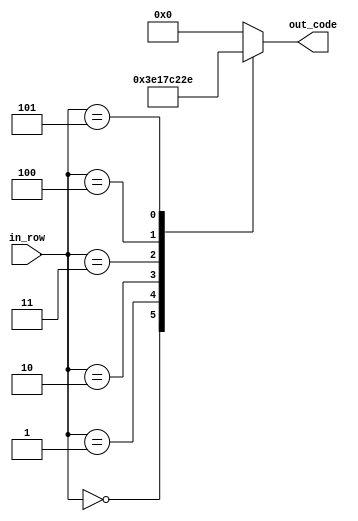
module num_5(
    input [2:0] in_row,
    output reg [4:0] out_code
    );

parameter [4:0] d_0 = 5'b11111; // XXXXX
parameter [4:0] d_1 = 5'b00001; // X   
parameter [4:0] d_2 = 5'b01111; // XXXX 
parameter [4:0] d_3 = 5'b10000; //     X  
parameter [4:0] d_4 = 5'b10001; // X   X 
parameter [4:0] d_5 = 5'b01110; //  XXX


always @ *
begin
	case (in_row)
		3'b000:
			out_code = d_0;
		3'b001:
			out_code = d_1;
		3'b010:
			out_code = d_2;
		3'b011:
			out_code = d_3;
		3'b100:
			out_code = d_4;
		3'b101:
			out_code = d_5;
		default:
			out_code = 5'b0;
	endcase
end


endmodule